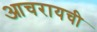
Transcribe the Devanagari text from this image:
आचरायची